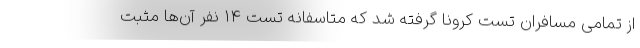
از تمامی مسافران تست کرونا گرفته شد که متاسفانه تست ۱۴ نفر آن‌ها مثبت